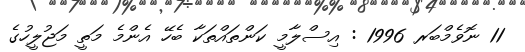
11 ނޮވެމްބަރ 1996 : އިސްލާމީ ކަންތައްތަކާ ބެހޭ އެންމެ މަތީ މަޖުލީހުގެ